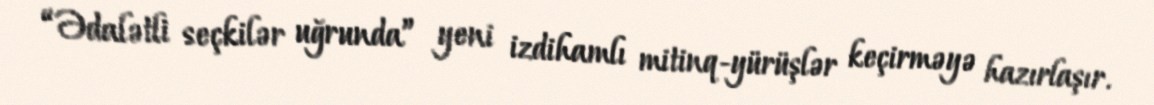
“Ədalətli seçkilər uğrunda” yeni izdihamlı mitinq-yürüşlər keçirməyə hazırlaşır.